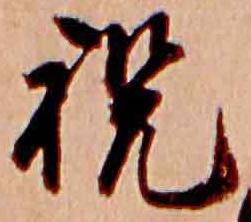
祝